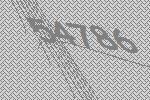
54786